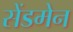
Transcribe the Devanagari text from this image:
सेंडमेन